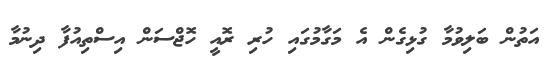
އަތުން ބަލިވުމާ ގުޅިގެން އެ މަގާމުގައި ހުރި ރޮއީ ހޮޖްސަން އިސްތިއުފާ ދިނުމާ